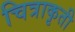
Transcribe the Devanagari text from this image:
चित्राकृती